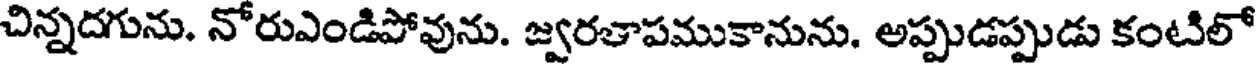
చిన్నదగును. నోరుఎండిపోవును. జ్వరతాపముకానును. అప్పుడప్పుడు కంటిలో